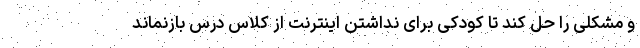
و مشکلی را حل کند تا کودکی برای نداشتن اینترنت از کلاس درس بازنماند